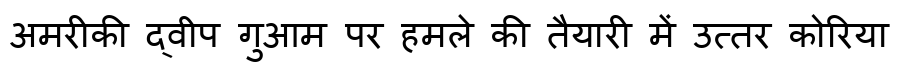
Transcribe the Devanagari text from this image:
अमरीकी द्वीप गुआम पर हमले की तैयारी में उत्तर कोरिया